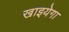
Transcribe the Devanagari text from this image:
खाइयेगा